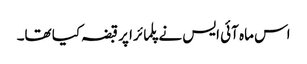
اس ماہ آئی ایس نے پلمائرا پر قبضہ کیا تھا۔